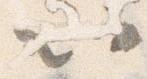
以